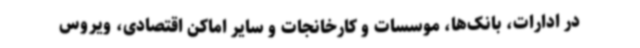
در ادارات، بانک‌ها، موسسات و کارخانجات و سایر اماکن اقتصادی، ویروس